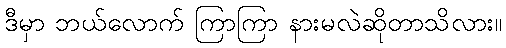
ဒီမှာ ဘယ်လောက် ကြာကြာ နားမလဲဆိုတာသိလား။